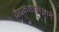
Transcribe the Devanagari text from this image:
वैद्यकशास्त्रज्ञाने